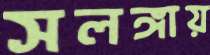
সলঙ্গায়